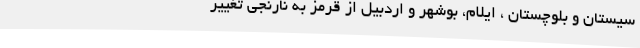
سیستان و بلوچستان ، ایلام، بوشهر و اردبیل از قرمز به نارنجی تغییر